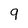
Character: 9